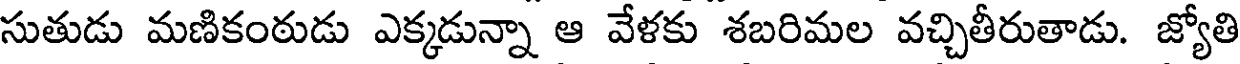
సుతుడు మణికంఠుడు ఎక్కడున్నా ఆ వేళకు శబరిమల వచ్చితీరుతాడు. జ్యోతి